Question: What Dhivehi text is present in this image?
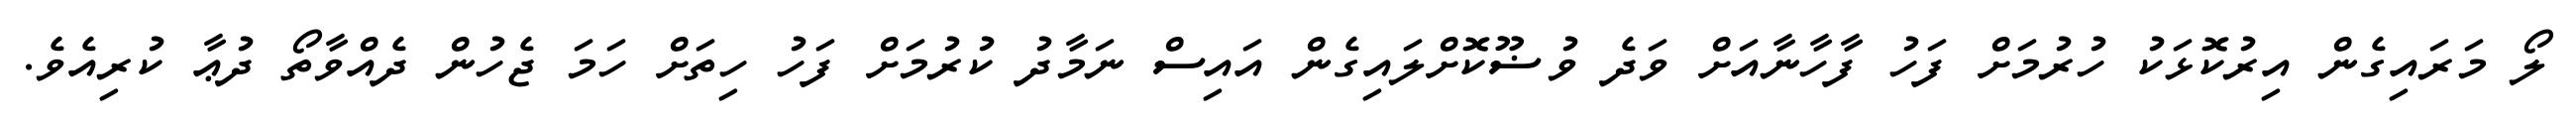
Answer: ލޯ މަރައިގެން އިރުކޮޅަކު ހުރުމަށް ފަހު ފާހާނާއަށް ވަދެ ވުޟޫކޮށްލައިގެން އައިސް ނަމާދު ކުރުމަށް ފަހު ހިތަށް ހަމަ ޖެހުން ދެއްވާތޯ ދުޢާ ކުރިއެވެ.